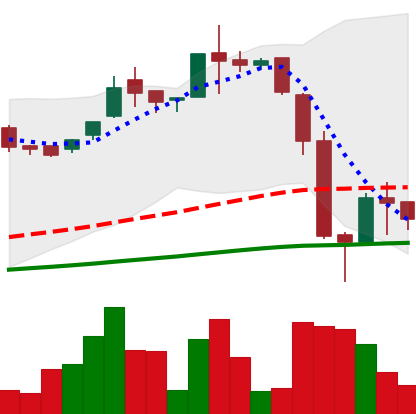
Ticker: LTC-USD
Chart end date: 2016-06-26
Forward return: 4.459%
Label: up_3_5